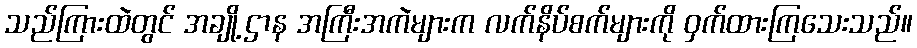
သည်ကြားထဲတွင် အချို့ဌာန အကြီးအကဲများက လက်နိပ်စက်များကို ဝှက်ထားကြသေးသည်။